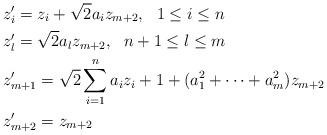
LaTeX: \begin{align*}&z'_i=z_i+\sqrt{2}a_iz_{m+2},\ \ 1\leq i\leq n\\&z'_l=\sqrt{2}a_lz_{m+2},\ \ n+1\leq l\leq m\\&z'_{m+1}=\sqrt{2}\sum\limits_{i=1}^{n}{a_iz_i}+1+(a^2_1+\cdots+a^2_m)z_{m+2}\\&z'_{m+2}=z_{m+2}\end{align*}